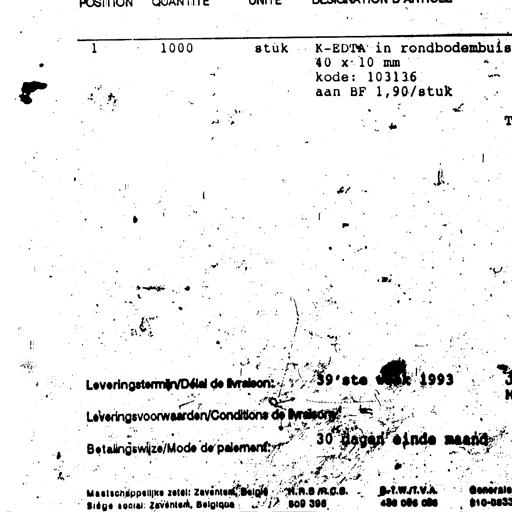
POSITION QUANTITE UNITE DESIGNATION D'ARTICLES
1 1000 stuk K-EDTA in rondbodembuis
40 x 10 mm
kode: 103136
aan BF 1,90/stuk
Leveringstermijn/Délai de livraison: 39'ste week 1993
Leveringsvoorwaarden/Conditions de livraison:
Betalingswijze/Mode de paiement: 30 dagen einde maand
Maatschappelijke zetel: Zaventem, België H.R.B./R.C.B. B.T.W./T.V.A. Generale
Siège social: Zaventem, Belgique 509 396 438 086 086 210-0533